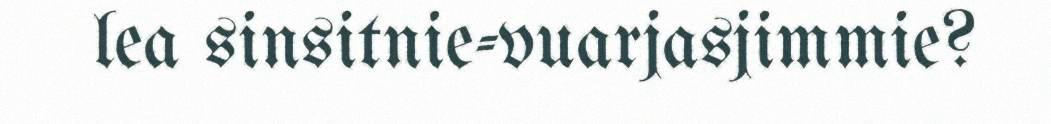
lea sinsitnie-vuarjasjimmie?